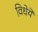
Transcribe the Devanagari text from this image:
विधेये